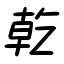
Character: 乾